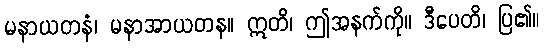
မနာယတနံ၊ မနာအာယတန။ ဣတိ၊ ဤအနက်ကို။ ဒီပေတိ၊ ပြ၏။